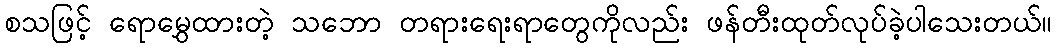
စသဖြင့် ရောမွှေထားတဲ့ သဘော တရားရေးရာတွေကိုလည်း ဖန်တီးထုတ်လုပ်ခဲ့ပါသေးတယ်။